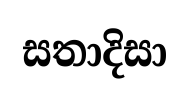
සතාදිසා